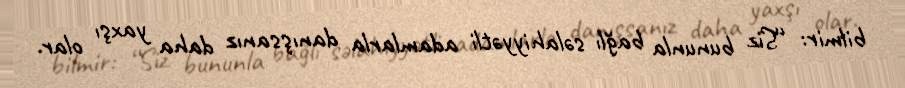
bilmir: “Siz bununla bağlı səlahiyyətli adamlarla danışsanız daha yaxşı olar.